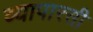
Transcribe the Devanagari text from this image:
व्यापारसी